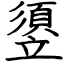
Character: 䇓